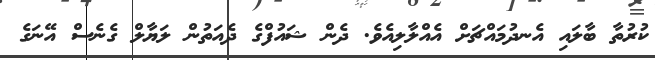
ކުރުތާ ބާލައި އެނދުމައްޗަށް އެއްލާލިއެވެ. ދެން ޝައުފްގެ ދެއަތުން ލަޔާލް ގެނެސް އޭނަގެ